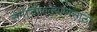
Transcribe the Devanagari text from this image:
समाजाकल्याणसाठी